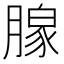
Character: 𬂎